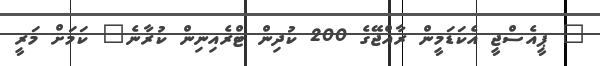
" ޕީއެސްޖީ އެކަޑަމީން ރާއްޖޭގެ 200 ކުދިން ޓްރެއިނިން ކުރާނެ" ކަަމަށް މަރީ